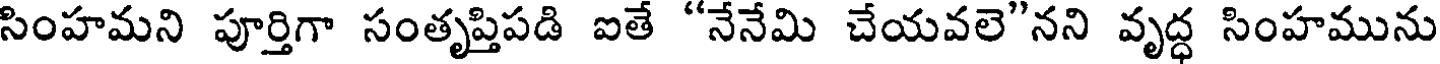
సింహమని పూర్తిగా సంతృప్తిపడి ఐతే "నేనేమి చేయవలె"నని వృద్ధ సింహమును